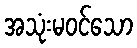
အသုံးမဝင်သော